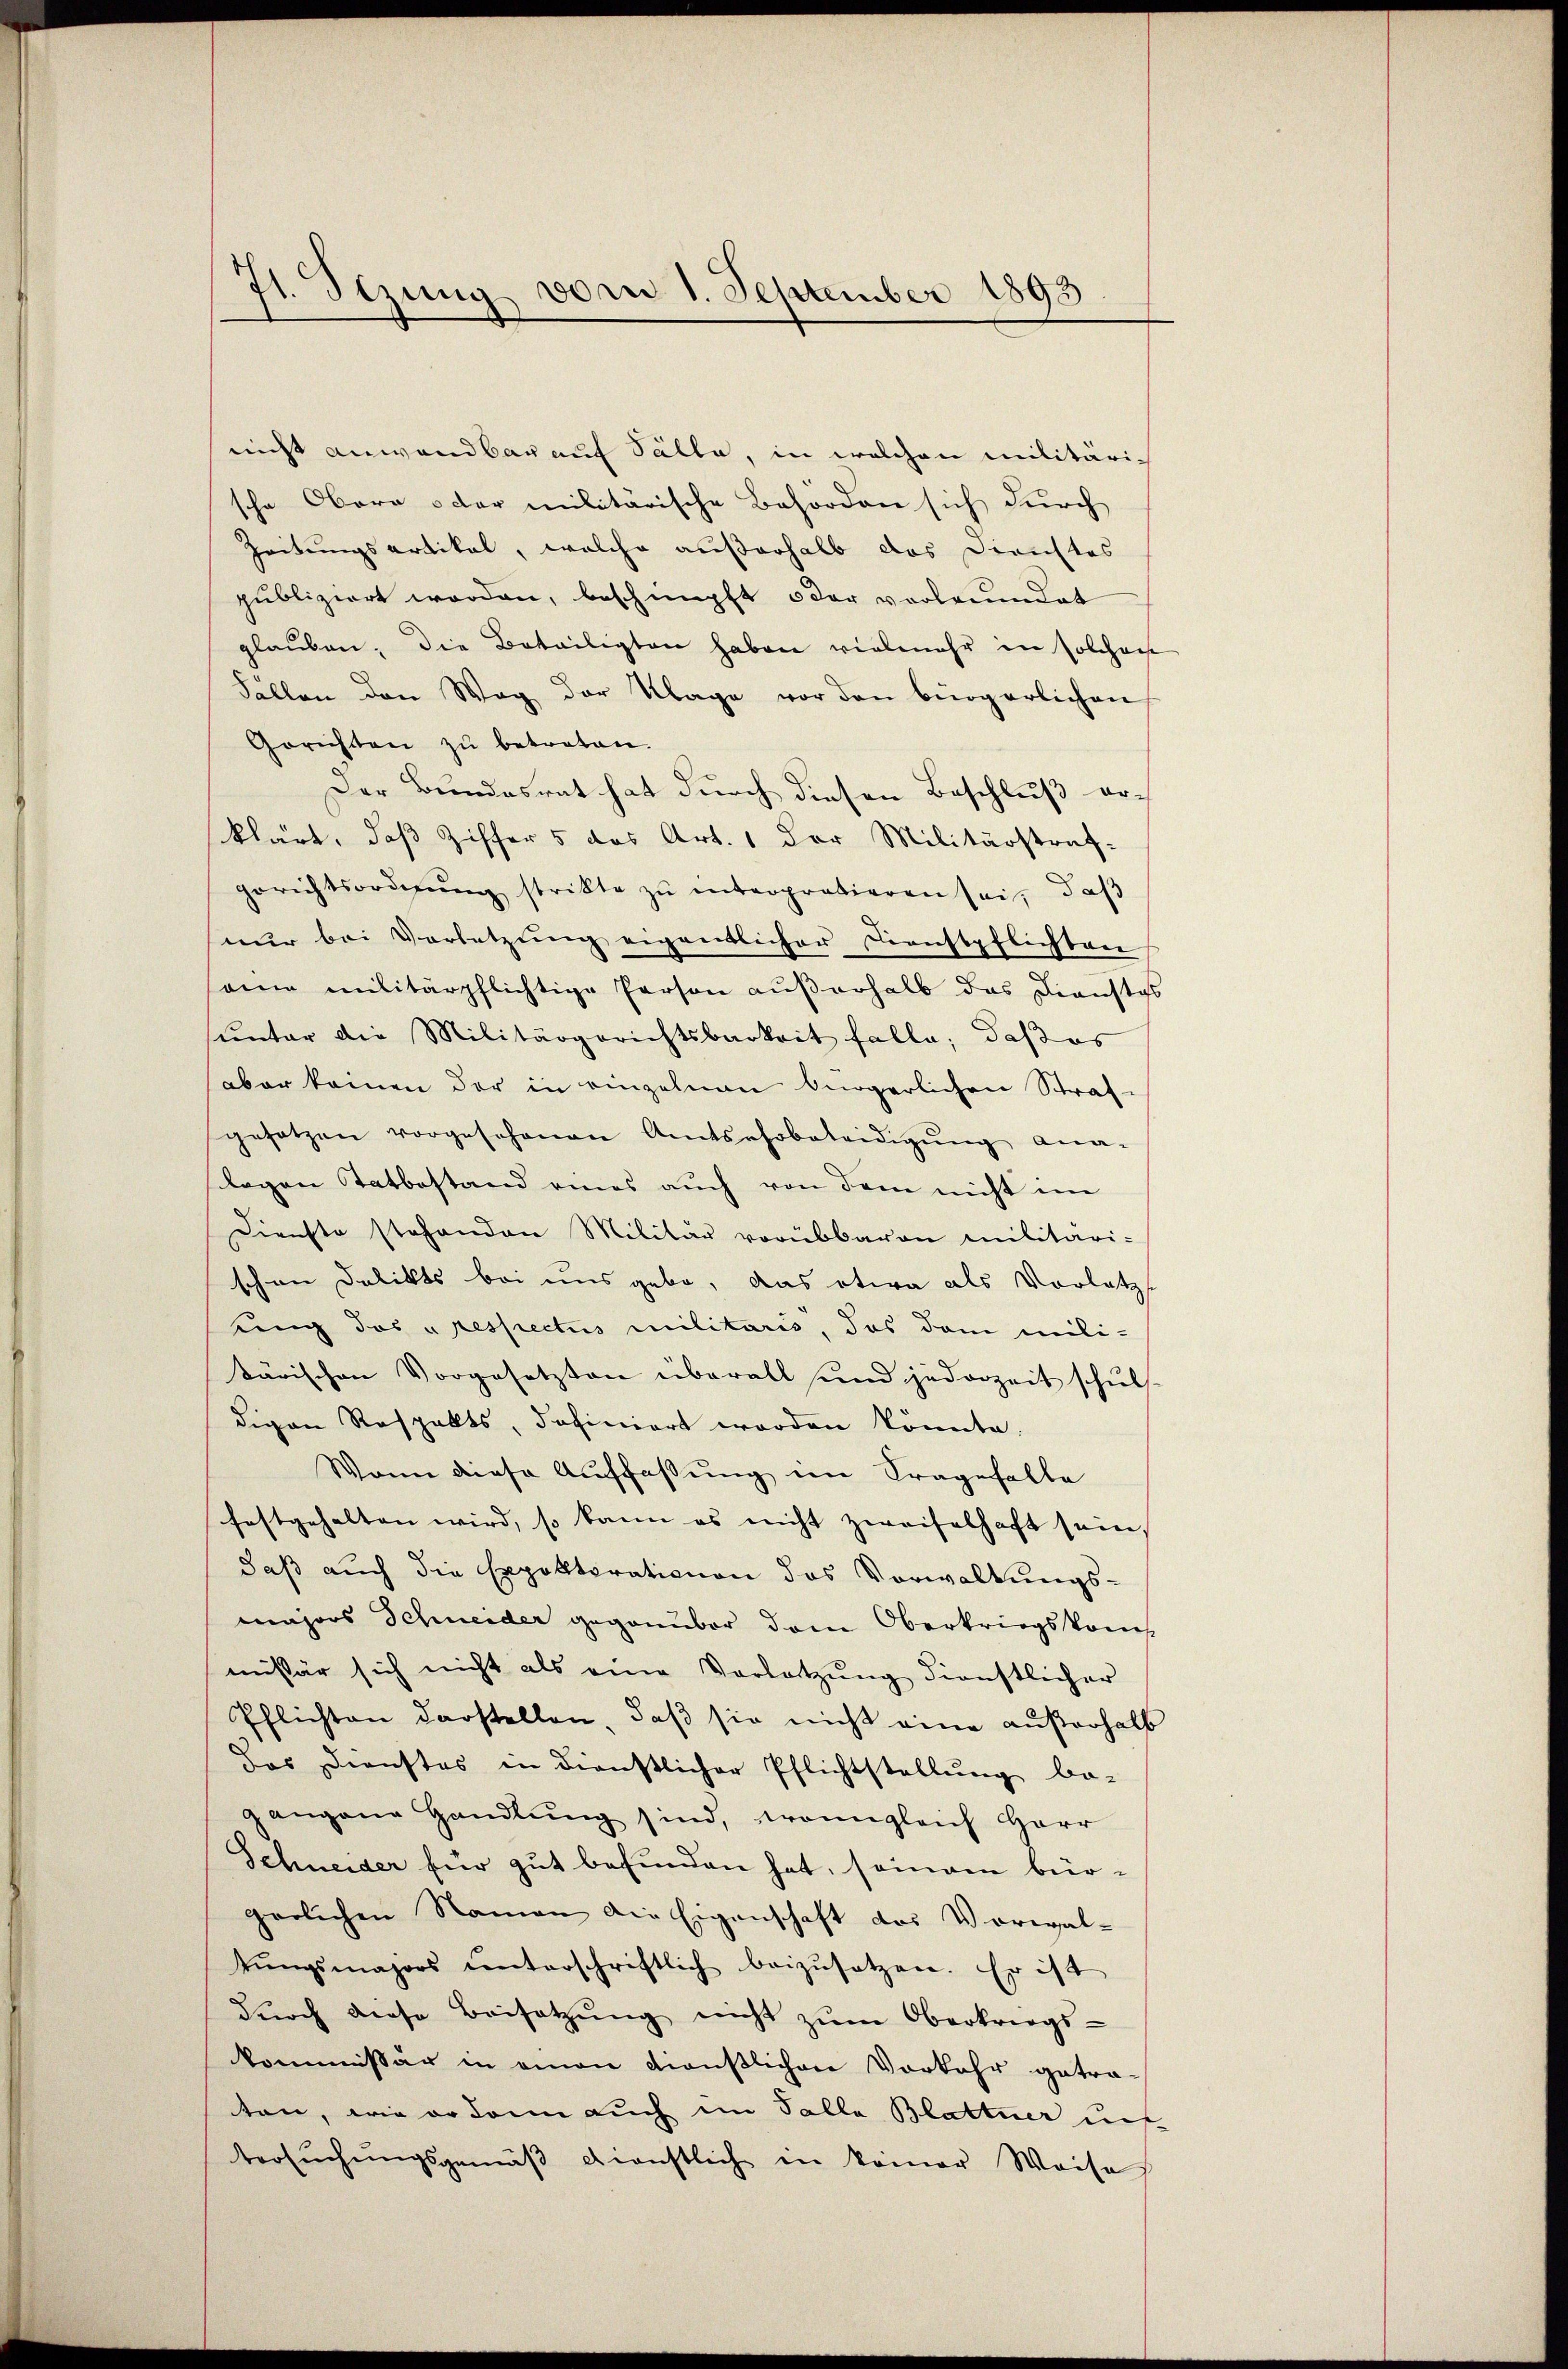
nicht anwendbar auf Sälle, in welchen militärische Obera der militärische Behörden sich durch
Zeitungsartikel, welche außerhalb das Dirichtes
publiziert worden, beschimpft oder vorlreundet
glaŭben. Die Beteiligten haben vielmehr in solchen
Fällen den Weg der Klage vor den bürgerlichen
Gerichten zŭ betreten.
Der Bundesrat hat durch diesen Beschluß er-
klärt, daß Ziffer 5 das Art. 1 der Militärstraf-
gerichtsordnŭng strikte zŭ enterpratieren sei, daβ
nŭr bei Vorletzŭng eigentlicher Dienstpflichten
aine militärpflichtige Person außerhalb das Dienstat
ŭnter die Militärgerichtsbarkeit falle, daβ es
aber keinen der in einzelnen bürgerlichen Straf-
gesetzen vorgeschenen Amtsehobeteidigŭng ana-
legen Tatbestand eines auch von dem nicht im
Dienste stehenden Militär vorübbaren militäri-
schen Delikts bei uns gebe, das etwa als Vorletzt
ung des respectus militario, das dem militärischen Vorgesetzten überall und jederzeit schul
digen Rospakts, definiert worden könnte.
Wann diese Auffassung im Fragefalle
festgehalten wird, so kann es nicht zweifelhaft sein.
daß auch die Expoktorationen das Vorwaltungs-
majors Schneider gegenüber dem Oberkriegskreich
missär sich nicht als eine Vorletzŭng dienstlicher
Pflichten darstellen, daß sie nicht eine außerhalb
Das Dienstes in dienstlicher Pflichtstellung be-
gangene Handlŭng sind, wenngleich Herr
Schneider für gut befunden hat, seinam bürgerlichen Namen die Eigenschaft des Vorwaltŭngsmajors ŭnterschriftlich beizŭsetzen. Er ist
dŭrch diese Beisetzŭng nicht zŭm Oberkriegs-
kommissär in einen dienstlichen Vorkehr getraten, wie er dann auch im Talla Blattner auf
tersŭchŭngsgemäβ dienstlich in keiner Weise

.
1. Stzung vom 1. September 1893